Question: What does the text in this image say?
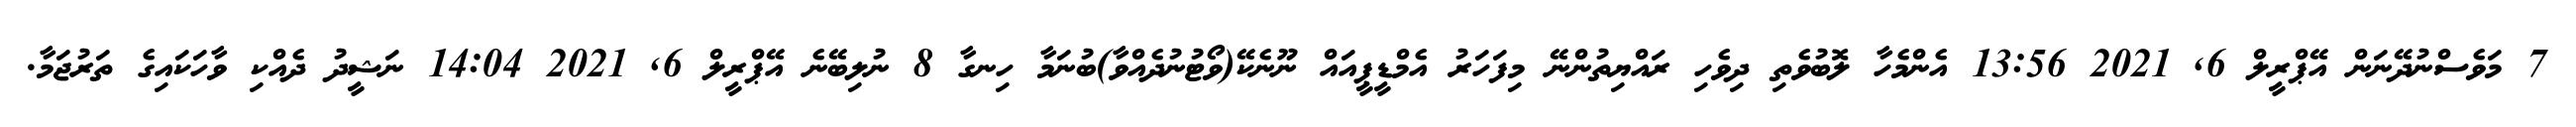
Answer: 7 މަވެސްނުދޭނަން އޭޕްރީލް 6, 2021 13:56 އެންމެހާ ލޮބުވެތި ދިވެހި ރައްޔިތުންނޭ މިފަހަރު އެމްޑީޕީއައް ނޫނެކޭ(ވޯޓުނުދެއްވާ)ބުނަމާ ހިނގާ 8 ނުލިބޭނެ އޭޕްރީލް 6, 2021 14:04 ނަޝީދު ދެއްކި ވާހަކައިގެ ތަރުޖަމާ.